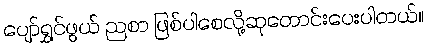
ပျော်ရွှင်ဖွယ် ညစာ ဖြစ်ပါစေလို့ဆုတောင်းပေးပါတယ်။